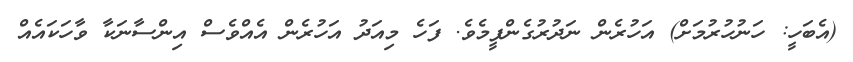
(އެބަހީ: ހަނުހުރުމަށް) އަހުރެން ނަދުރުގެންފީމެވެ. ފަހެ މިއަދު އަހުރެން އެއްވެސް އިންސާނަކާ ވާހަކައެއް